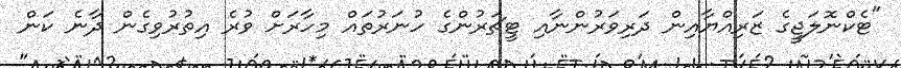
"ޓެކްނޮލަޖީގެ ޒަރިއްޔާއިން ދަރިވަރުންނާއި ޓީޗަރުންގެ ހުނަރުތައް މިހާރަށް ވުރެ އިތުރުވިގެން ދާނެ ކަން